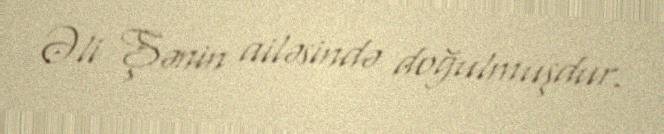
Əli Şənin ailəsində doğulmuşdur.